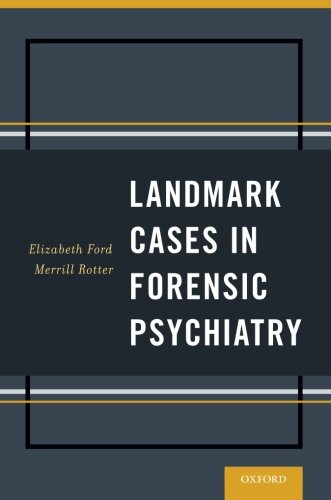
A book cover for Landmark Cases in Forensic Psychiatry; Elizabeth Ford; Law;